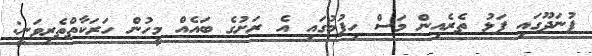
ފުނަދޫގައި ފަޅު ތެރެއިން މަސް ހިފުމުގައި އެ ރަށުގެ ބައެއް މީހުން ހަރަކާތްތެރިވަނީ: